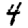
Digit: 4